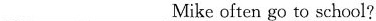
___ ___Mike often go to school?